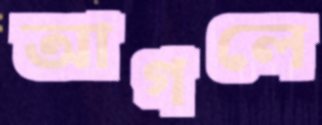
আগলে